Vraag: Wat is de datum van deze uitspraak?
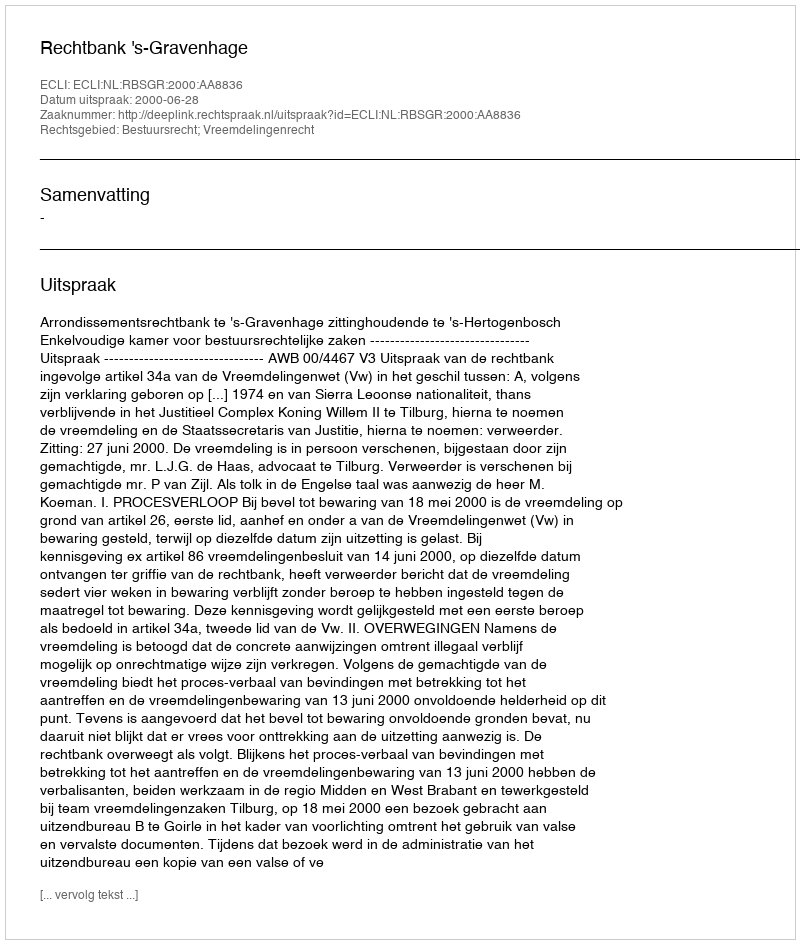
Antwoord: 2000-06-28